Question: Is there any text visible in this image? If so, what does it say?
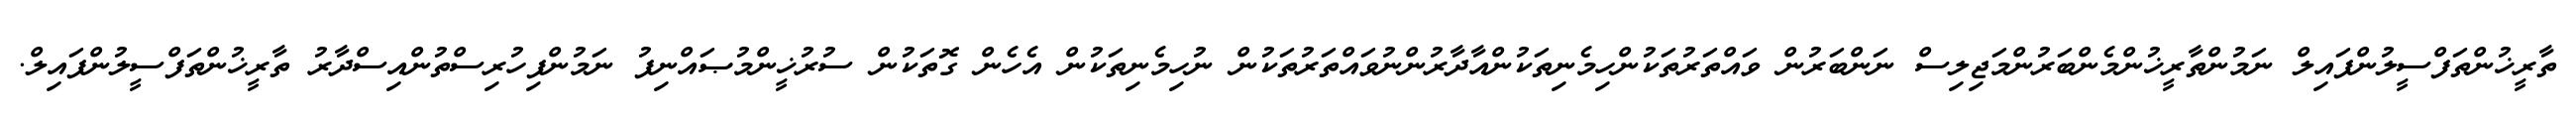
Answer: ތާރީޚުންތަފްސީލުންފައިލް ނަމުންތާރީޚުންމެންބަރުންމަޖިލިސް ނަންބަރުން ވައްތަރުތަކުންހިމެނިތަކުންއާދާރުންނުވައްތަރުތަކުން ނުހިމެނިތަކުން އެހެން ގޮތަކުން ސުރުޚީންމުޞައްނިފު ނަމުންފިހުރިސްތުންއިސްދާރު ތާރީޚުންތަފްސީލުންފައިލް.